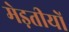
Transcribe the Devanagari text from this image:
मेड़तीयों